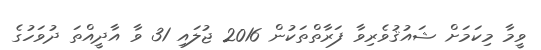
ވީމާ މިކަމަށް ޝައުޤުވެރިވާ ފަރާތްތަކުން 2016 ޖުލައި 31 ވާ އާދީއްތަ ދުވަހުގެ